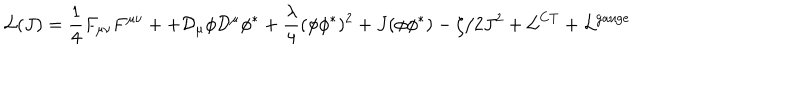
LaTeX: { \cal L } ( J ) = \frac { 1 } { 4 } F _ { \mu \nu } F ^ { \mu \nu } + + { \cal D } _ { \mu } \phi { \cal D } ^ { \mu } \phi ^ { * } + \frac { \lambda } { 4 } ( \phi \phi ^ { * } ) ^ { 2 } + J ( \phi \phi ^ { * } ) - \zeta / 2 J ^ { 2 } + { \cal L } ^ { \mathrm { C T } } + { \cal L } ^ { \mathrm { g a u g e } }